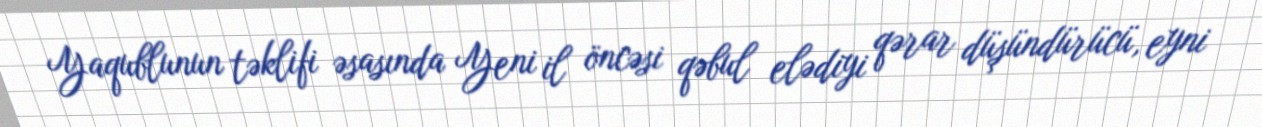
Yaqublunun təklifi əsasında Yeni il öncəsi qəbul elədiyi qərar düşündürücü, eyni